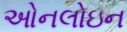
ઓનલોઇન